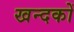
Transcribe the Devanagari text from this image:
खन्दकों